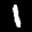
Label: 1